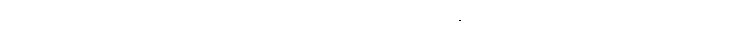
ထိုသို့သောတွေ့ရှိမှုများအနက် သက်ဆိုင်ရာ ဂြိုဟ်များ၏ ဂြိုဟ်ရံလများလည်း အပါအဝင်